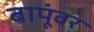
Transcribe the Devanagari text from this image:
बापूंवर